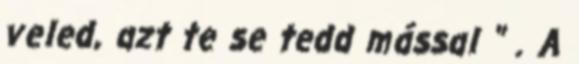
veled, azt te se tedd mással " . A